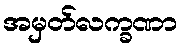
အမှတ်လက္ခဏာ